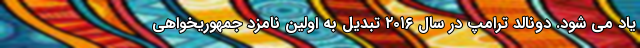
یاد می شود. دونالد ترامپ در سال ۲۰۱۶ تبدیل به اولین نامزد جمهوریخواهی